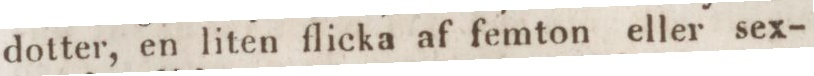
dotter, en liten flicka af femton eller sex-